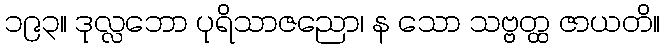
၁၉၃။ ဒုလ္လဘော ပုရိသာဇညော၊ န သော သဗ္ဗတ္ထ ဇာယတိ။